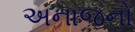
અનાજનો